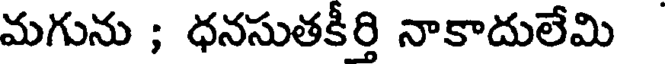
మగును ; ధనసుతకీర్తి నాకాదులేమి